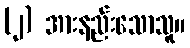
(၂) အားနည်းသောသူ။